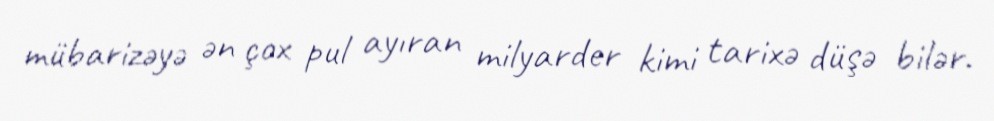
mübarizəyə ən çox pul ayıran milyarder kimi tarixə düşə bilər.